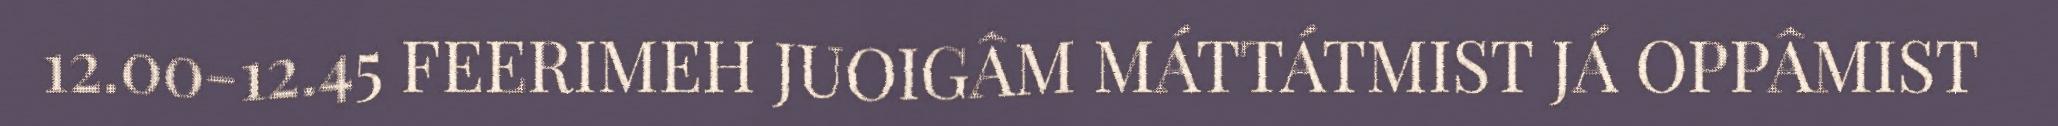
12.00-12.45 FEERIMEH JUOIGÂM MÁTTÁTMIST JÁ OPPÂMIST